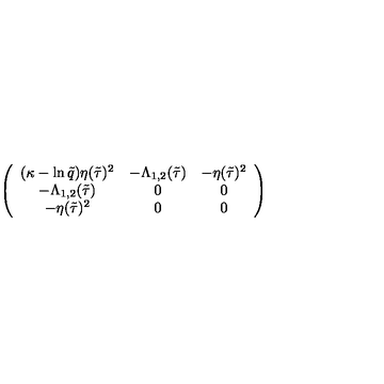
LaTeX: \left( \begin{array} { c c c } { ( \kappa - \ln \tilde { q } ) \eta ( \tilde { \tau } ) ^ { 2 } } & { - \Lambda _ { 1 , 2 } ( \tilde { \tau } ) } & { - \eta ( \tilde { \tau } ) ^ { 2 } } \\ { - \Lambda _ { 1 , 2 } ( \tilde { \tau } ) } & { 0 } & { 0 } \\ { - \eta ( \tilde { \tau } ) ^ { 2 } } & { 0 } & { 0 } \\ \end{array} \right)